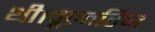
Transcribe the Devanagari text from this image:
थी।वूल्वरिन